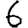
Digit: 6